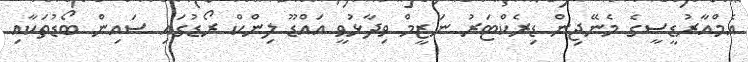
އެމްއާރުޑީސީގެ މެނޭޖިން ޑިރެކްޓަރު ނަޒީމް ވިދާޅުވީ އައްޑޫ ލިންކް ރޯޑުގައި ސައިން ބޯޑުތަކާއި